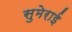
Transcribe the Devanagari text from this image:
सुमेराई